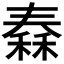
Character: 𥠼